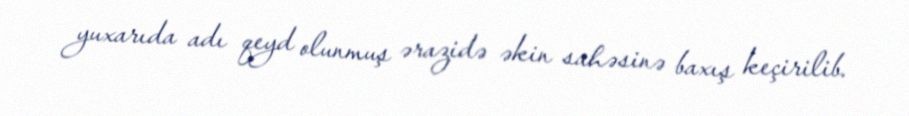
yuxarıda adı qeyd olunmuş ərazidə əkin sahəsinə baxış keçirilib.